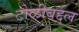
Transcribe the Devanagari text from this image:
टोळीबद्दल